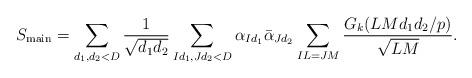
LaTeX: \begin{align*} S_{\mathrm{main}}=\sum_{d_1,d_2<D}\frac{1}{\sqrt{d_1d_2}} \sum_{Id_1, Jd_2<D}\alpha_{Id_1}\bar{\alpha}_{Jd_2}&\sum_{IL=JM}\frac{G_k(LMd_1d_2\slash p)}{\sqrt{LM}}. \end{align*}